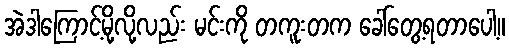
အဲဒါကြောင့်မို့လို့လည်း မင်းကို တကူးတက ခေါ်တွေ့ရတာပေါ့။